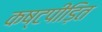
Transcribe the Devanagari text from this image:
कष्टपीड़ित